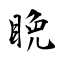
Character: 睌